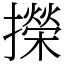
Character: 㩞